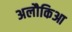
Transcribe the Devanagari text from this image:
अलौकिआ